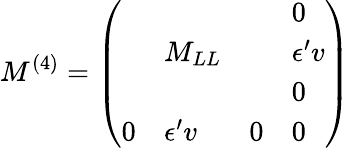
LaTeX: M^{(4)}=\left(\begin{array}{llll}{{}}&{{}}&{{}}&{{0}}\\ {{}}&{{M_{LL}}}&{{}}&{{\epsilon^{\prime}v}}\\ {{}}&{{}}&{{}}&{{0}}\\ {{0}}&{{\epsilon^{\prime}v}}&{{0}}&{{0}}\end{array}\right)